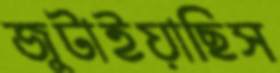
জুটাইয়াছিস